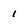
Character: 1